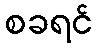
စခရင်